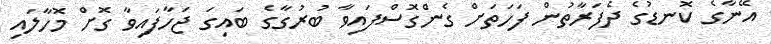
އޭނާގެ ކޮނޑުގެ ދެފަރާތުން ފަހަތަށް ގެންގޮސްފައިވާ ބުރުގާގެ ބައިގަ ޖަހާފައިވާ ގޮށް މޮހާލައި